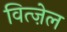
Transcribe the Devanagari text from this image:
वित्ज़ेल